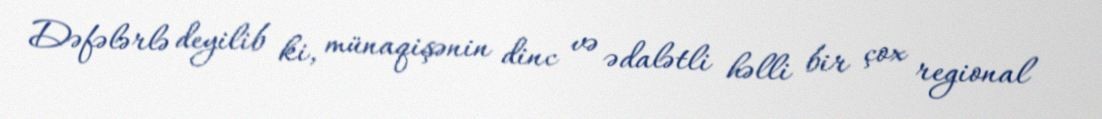
Dəfələrlə deyilib ki, münaqişənin dinc və ədalətli həlli bir çox regional